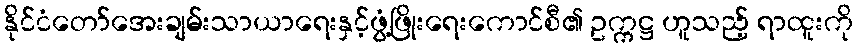
နိုင်ငံတော်အေးချမ်းသာယာရေးနှင့်ဖွံ့ဖြိုးရေးကောင်စီ၏ ဥက္ကဋ္ဌ ဟူသည့် ရာထူးကို